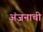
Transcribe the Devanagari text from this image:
अंजनाची